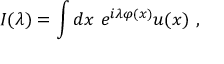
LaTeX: I ( \lambda ) = \int d x \, \, e ^ { i \lambda \varphi ( x ) } u ( x ) \, \, ,